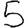
Digit: 5